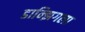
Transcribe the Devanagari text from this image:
डान्झिगला